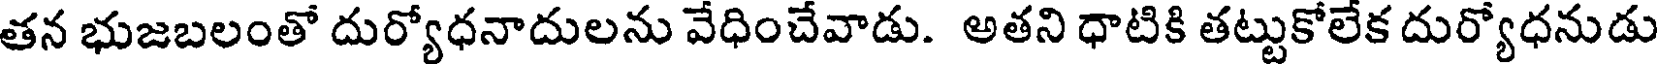
తన భుజబలంతో దుర్యోధనాదులను వేధించేవాడు. అతని ధాటికి తట్టుకోలేక దుర్యోధనుడు